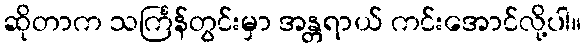
ဆိုတာက သင်္ကြန်တွင်းမှာ အန္တရာယ် ကင်းအောင်လို့ပါ။